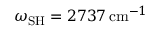
\omega _ { \mathrm { S H } } = 2 7 3 7 \, \mathrm { c m } ^ { - 1 }